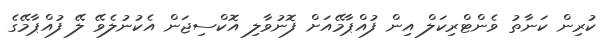
ކުރިން ކަނާތު ވެންޓްރިކަލް އިން ފުއްޕާމޭއަށް ފޮނުވާލި އޮކްސިޖަން އެކުނުލެވޭ ލޭ ފުއްޕާމޭގެ